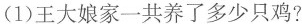
(1)王大娘家一共养了多少只鸡?